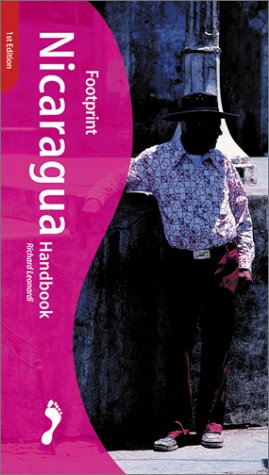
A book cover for Footprint Nicaragua Handbook; Richard Leonardi; Travel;